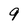
Character: 9